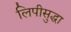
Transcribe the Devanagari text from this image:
लिपीसुद्धा